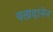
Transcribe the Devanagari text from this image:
यत्प्रदानेन